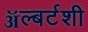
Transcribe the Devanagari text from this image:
ॲल्बर्टशी